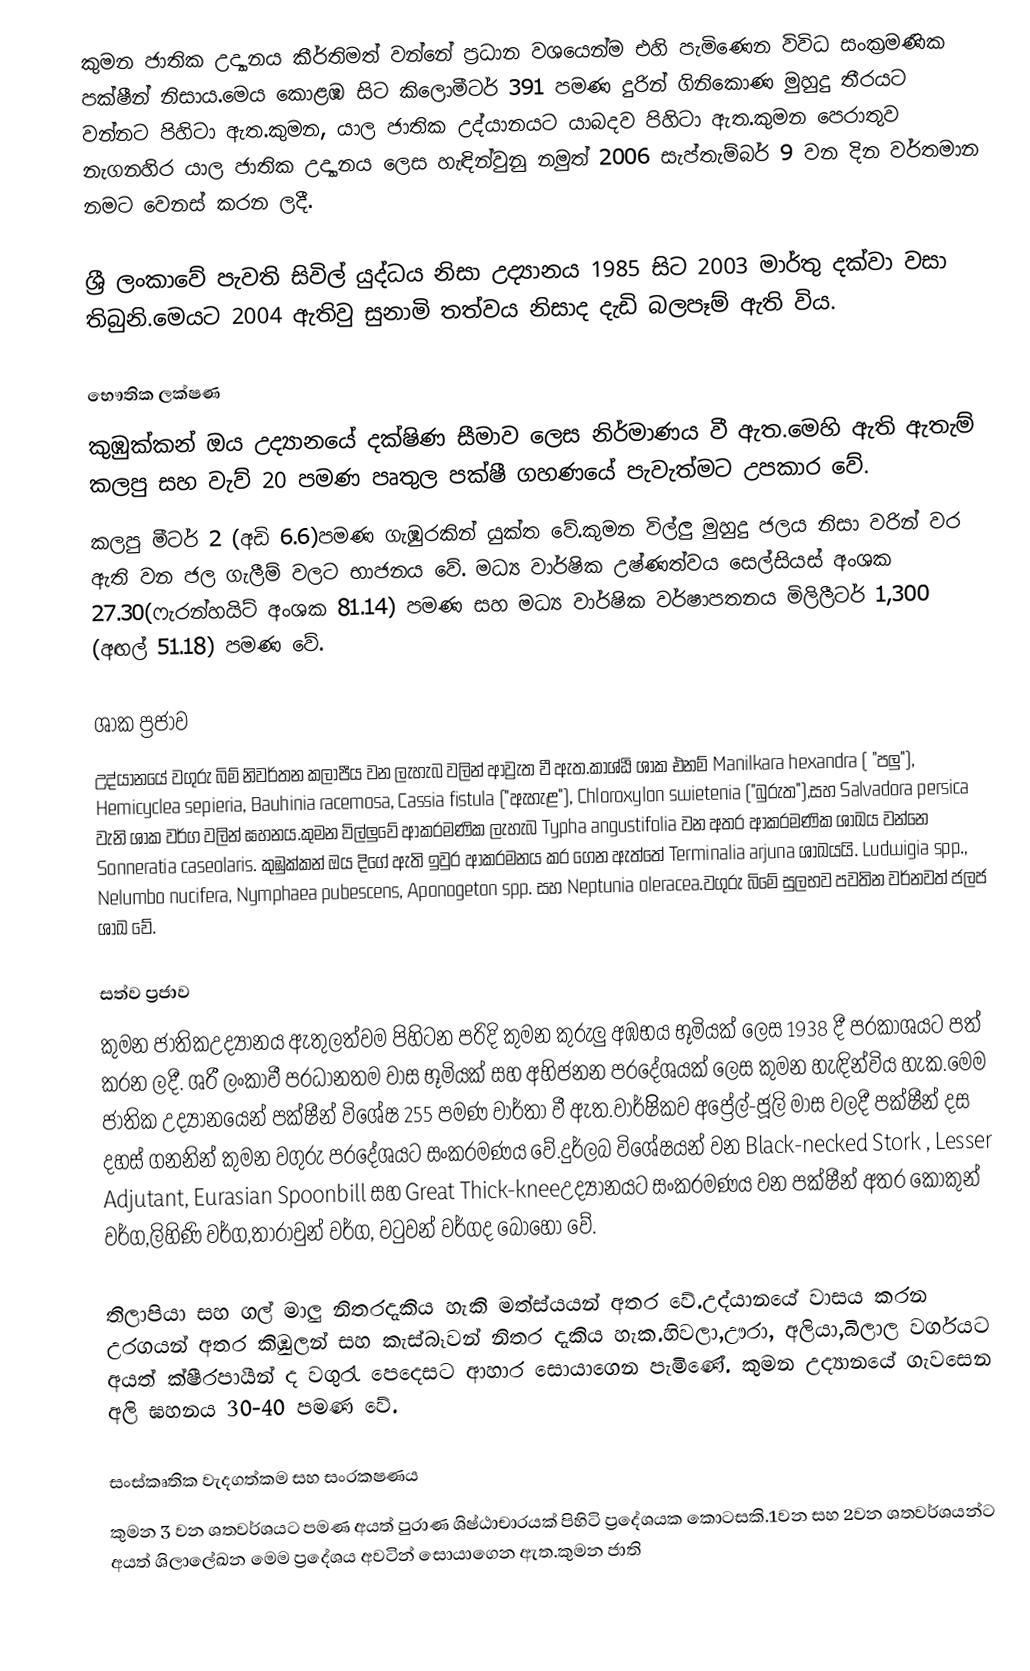
කුමන ජාතික උද්‍යානය කීර්තිමත් වන්නේ ප්‍රධාන වශයෙන්ම එහි පැමිණෙන විවිධ සංක්‍රමණික පක්ෂීන් නිසාය.මෙය කොළඹ සිට කිලොමීටර් 391 පමණ දුරින් ගිනිකොණ මුහුදු තීරයට වන්නට පිහිටා ඇත.කුමන, යාල ජාතික උද්යානයට යාබදව පිහිටා ඇත.කුමන පෙරාතුව නැගනහිර යාල ජාතික උද්‍යානය ලෙස හැඳින්වුනු නමුත් 2006 සැප්තැම්බර් 9 වන දින වර්තමාන නමට වෙනස් කරන ලදී.

ශ්‍රී ලංකාවේ පැවති සිවිල් යුද්ධය නිසා උද්‍යානය 1985 සිට 2003 මාර්තු දක්වා වසා තිබුනි.මෙයට 2004 ඇතිවු සුනාමි තත්වය නිසාද දැඩි බලපෑම් ඇති විය.

භෞතික ලක්ෂණ
කුඹුක්කන් ඔය උද්‍යානයේ දක්ෂිණ සීමාව ලෙස නිර්මාණය වී ඇත.මෙහි ඇති ඇතැම් කලපු සහ වැව් 20 පමණ පෘතුල පක්ෂී ගහණයේ පැවැත්මට උපකාර වේ.
කලපු මීටර් 2 (අඩි 6.6)පමණ ගැඹුරකින් යුක්ත වේ.කුමන විල්ලු මුහුදු ජලය නිසා වරින් වර ඇති වන ජල ගැලීම් වලට භාජනය වේ. මධ්‍ය වාර්ෂික උෂ්ණත්වය සෙල්සියස් අංශක 27.30(ෆැරන්හයිට් අංශක 81.14) පමණ සහ මධ්‍ය වාර්ෂික වර්ෂාපතනය මිලිලීටර් 1,300 (අඟල් 51.18) පමණ වේ.

ශාක ප්‍රජාව
උද්යානයේ වගුරු බිම් නිවර්තන කලාපීය වන ලැහැබ වලින් ආව්‍රැත වී ඇත.කාශ්ඨි ශාක එනම් Manilkara hexandra ( "පලු"), Hemicyclea sepieria, Bauhinia racemosa, Cassia fistula ("ඇහැළ"), Chloroxylon swietenia ("බුරුත"),සහ Salvadora persica වැනි ශාක වර්ග වලින් ඝහනය.කුමන විල්ලුවේ ආක‍්රමණික ලැහැබ Typha angustifolia වන අතර ආක‍්රමණික ශාඛය වන්නෙ Sonneratia caseolaris. කුඹුක්කන් ඔය දිගේ ඇති ඉවුර ආක‍්රමනය ක‍ර ගෙන ඇත්තේ Terminalia arjuna ශාඛයයි. Ludwigia spp., Nelumbo nucifera, Nymphaea pubescens, Aponogeton spp. සහ Neptunia oleracea.වගුරු බිමේ සුලභව පවතින වර්නවත් ජලජ ශාඛ වේ.

සත්ව ප්‍රජාව
කුමන ජාතිකඋද්‍යානය ඇතුලත්වම පිහිටන ප‍රිදි කුමන කුරුලු අඹභය භූමියක් ලෙස 1938 දී ප‍්රකාශයට පත් ක‍රන ලදී. ශ‍්රී ලංකාවී ප‍්රධානතම වාස භූමියක් සහ අභිජනන ප‍්රදේශයක් ලෙස කුමන හැඳින්විය හැක.මෙම ජාතික උද්‍යානයෙන් පක්ෂීන් විශේෂ 255 පමණ වාර්තා වී ඇත.වාර්ෂිිකව අප්‍රේල්-ජූලි මාස වලදී පක්ෂීන් දස දහස් ගනනින් කුමන වගුරු ප‍්රදේශයට සංක‍්රමණය වේ.දුර්ලබ විශේෂයන් වන Black-necked Stork , Lesser Adjutant, Eurasian Spoonbill සහ Great Thick-kneeඋද්‍යානයට සංක‍්රමණය වන පක්ෂීන් අත‍ර කොකුන් වර්ග,ලිහිණි වර්ග,තාරාවුන් ව‍ර්ග, වටුවන් වර්ගද බොහෝ වේ.

තිලාපියා සහ ගල් මාලු නිත‍රදැකිය හැකි මත්ස්යයන් අත‍ර වේ.උද්යානයේ වාසය ක‍රන උරගයන් අත‍ර කිඹුලන් සහ කැස්බෑවන් නිත‍ර දැකිය හැක.හිවලා,ඌරා, අලියා,බිලාල වර්ගයට අයත් ක්ෂීරපායීන් ද වගුරැ පෙදෙසට ආහාර සොයාගෙන පැමිණේ. කුමන උද්‍යානයේ ගැවසෙන අලි ඝහනය 30-40 පමණ වේ.

සංස්කෘතික වැදගත්කම සහ සංරකෂණය
කුමන 3 වන ශතවර්ශයට පමණ අයත් පුරාණ ශිෂ්ඨාචාරයක් පිහිටි ප්‍රදේශයක කොටසකි.1වන සහ 2වන ශතව‍ර්ශයන්ට අයත් ශිලාලේඛන මෙම ප්‍රදේශය අවටින් සොයාගෙන ඇත.කුමන ජාති